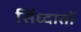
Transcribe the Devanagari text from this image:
सिंध्दातों